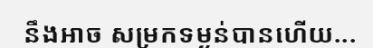
នឹងអាច សម្រកទម្ងន់បានហើយ...